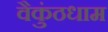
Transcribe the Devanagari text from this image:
वैकुंठधाम